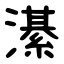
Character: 濝